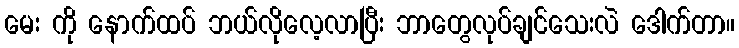
မေး ကို နောက်ထပ် ဘယ်လိုလေ့လာပြီး ဘာတွေလုပ်ချင်သေးလဲ ဒေါက်တာ။